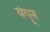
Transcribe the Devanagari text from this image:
यंगून